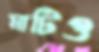
মাটিও